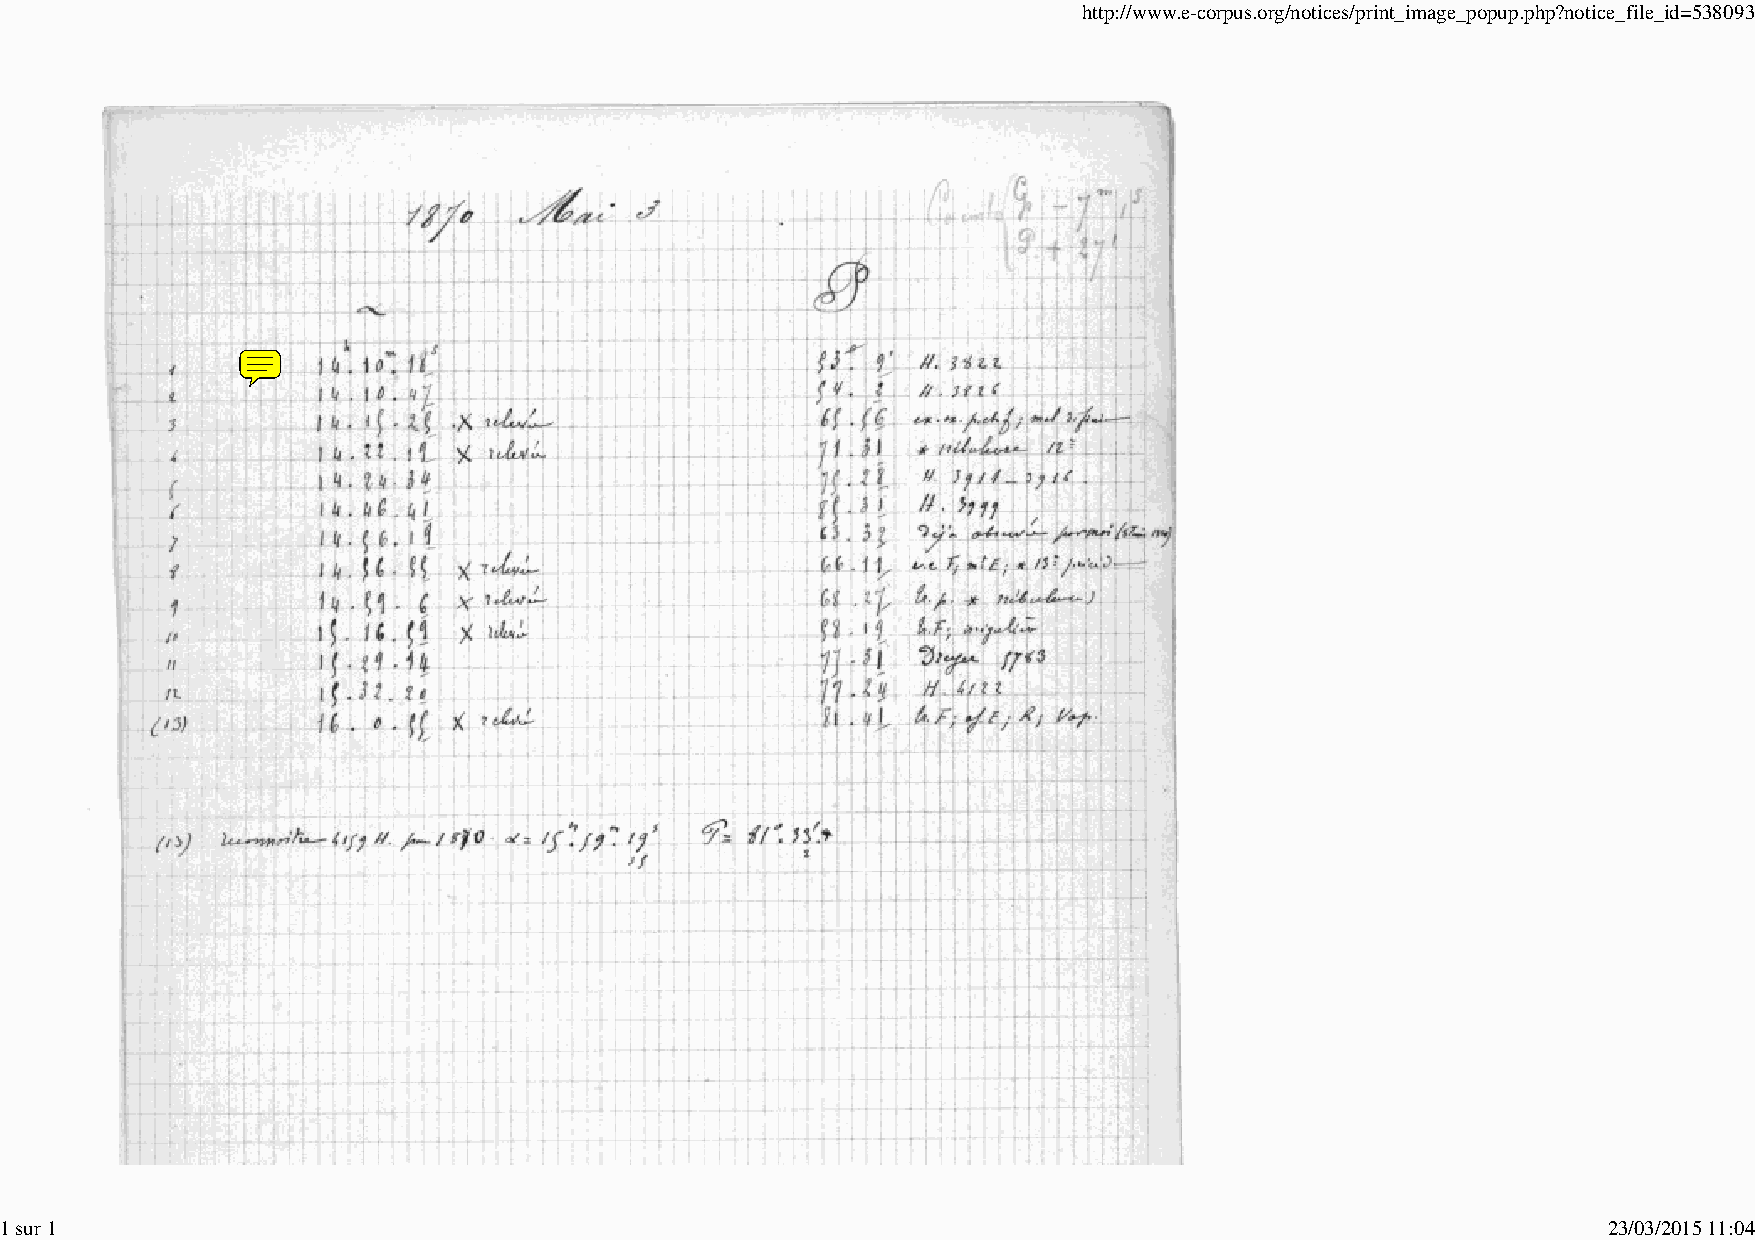
http://www.e-corpus.org/notices/print_image_popup.php?notice_file_id=538093
 1 sur 1                                                                                                   23/03/2015 11:04